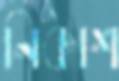
নিকাশ